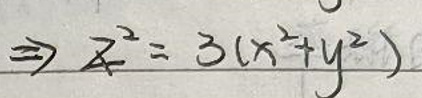
$\Rightarrow z^{2}=3(x^{2}+y^{2})$